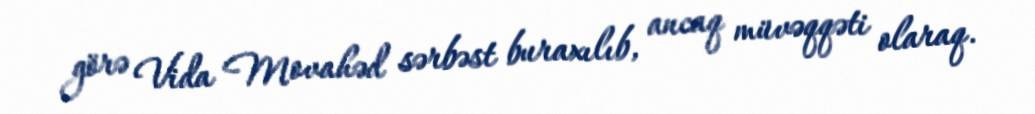
görə Vida Movahəd sərbəst buraxılıb, ancaq müvəqqəti olaraq.